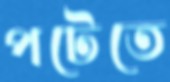
পটেতে